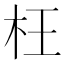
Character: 枉